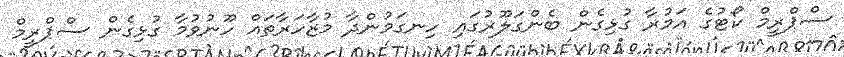
ސްޕްރީމް ކޯޓުގެ އަމުރާ ގުޅިގެން ބެންގަލޫރުގައި ހިނގަމުންދާ މުޒާހަރާތައް ހޫނުވުމާ ގުޅިގެން ސްޕްރީމް